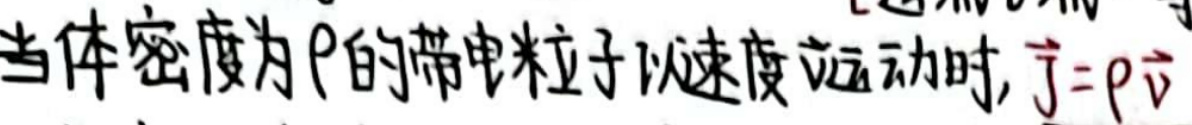
当体密度为\(\rho\)的带电粒子以速度\(\vec{v}\)运动时，\(\vec{j}=\rho\vec{v}\)